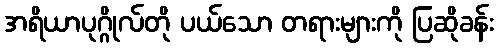
အရိယာပုဂ္ဂိုလ်တို ပယ်သော တရားများကို ပြဆိုခန်း